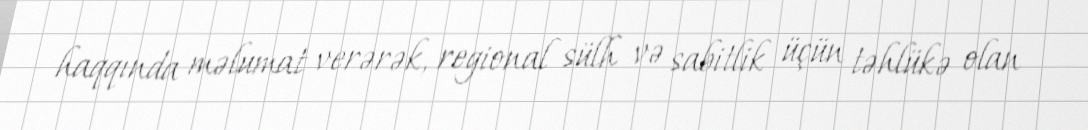
haqqında məlumat verərək, regional sülh və sabitlik üçün təhlükə olan